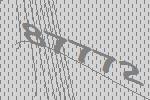
87772